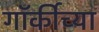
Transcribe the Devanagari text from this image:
गॉर्कीच्या